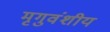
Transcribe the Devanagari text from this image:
मृगुवंशीय